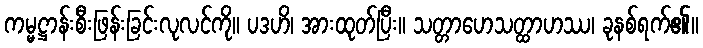
ကမ္မဋ္ဌာန်းစီးဖြန်းခြင်းလုလင်ကို။ ပဒဟိ၊ အားထုတ်ပြီး။ သတ္တာဟေသတ္ထာဟဿ၊ ခုနစ်ရက်၏။